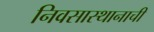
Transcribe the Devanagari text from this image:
निवसास्थानाची